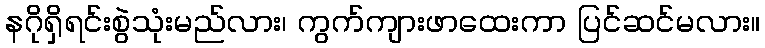
နဂိုရှိရင်းစွဲသုံးမည်လား၊ ကွက်ကျားဖာထေးကာ ပြင်ဆင်မလား။